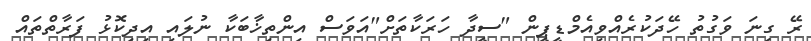
ރޭ ގިނަ ވަގުތު ހޭދަކުރެއްވިއެމްޑީޕީން "ސީދާ ހަރަކާތަށް"އަވަސް އިންތިޚާބަކާ ނުލައި އިދިކޮޅު ފަރާތްތައް